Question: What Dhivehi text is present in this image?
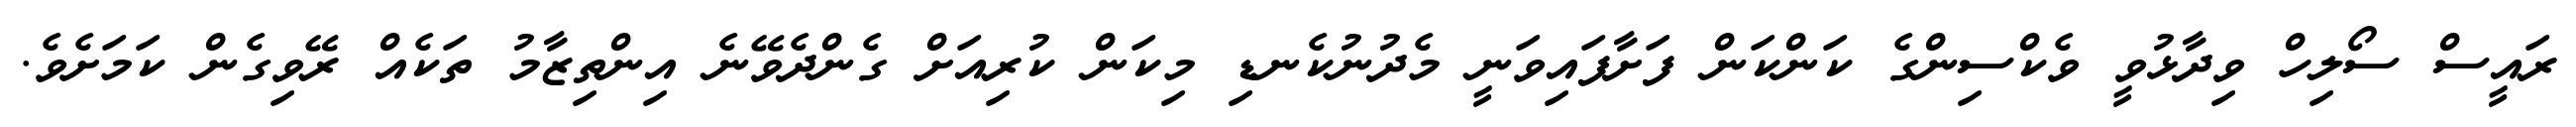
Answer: ރައީސް ސޯލިހް ވިދާޅުވީ ވެކްސިންގެ ކަންކަން ފަށާފައިވަނީ މެދުނުކެނޑި މިކަން ކުރިއަށް ގެންދެވޭނެ އިންތިޒާމު ތަކެއް ރޭވިގެން ކަމަށެވެ.